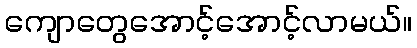
ကျောတွေအောင့်အောင့်လာမယ်။